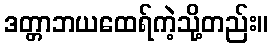
ဒတ္တာဘယထေရ်ကဲ့သို့တည်း။